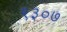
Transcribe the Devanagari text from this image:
९३०७